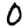
Digit: 0